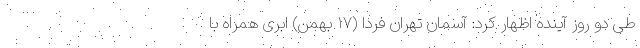
طی دو روز آینده اظهار کرد: آسمان تهران فردا (۱۷ بهمن) ابری همراه با